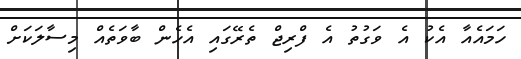
ހަމައެއާ އެކު އެ ވަގުތު އެ ފްރިޖް ތެރޭގައި އެހެން ބާވަތެއް މިސާލަކަށް